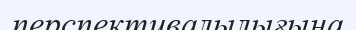
перспективалылығына